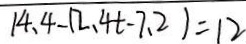
1 4 . 4 - ( 2 . 4 t - 7 . 2 ) = 1 2